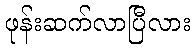
ဖုန်းဆက်လာပြီလား